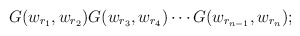
\begin{align*}G(w_{r_{1}},w_{r_{2}})G(w_{r_{3}},w_{r_{4}})\cdots G(w_{r_{n-1}},w_{r_{n}});\end{align*}